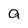
Character: a